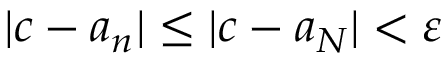
| c - a _ { n } | \leq | c - a _ { N } | < \varepsilon